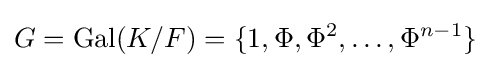
G={\text{Gal}}(K/F)=\{1,\Phi ,\Phi ^{2},\ldots ,\Phi ^{n-1}\}